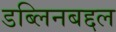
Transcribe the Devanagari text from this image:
डब्लिनबद्दल